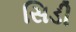
સિડી